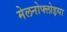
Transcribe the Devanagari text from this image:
मेलनोफ्लोइया